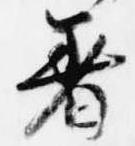
着